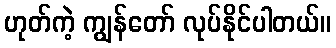
ဟုတ်ကဲ့ ကျွန်တော် လုပ်နိုင်ပါတယ်။